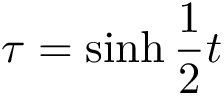
\tau = \sinh \frac { 1 } { 2 } t